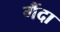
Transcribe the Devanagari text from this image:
गैंदा